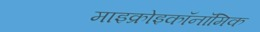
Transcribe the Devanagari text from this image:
माइक्रोइकॉनॉमिक